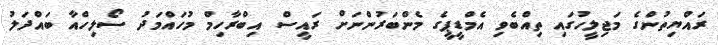
ރައްޔިތުންގެ މަޖިލީހުގައި ތިއްބެވި އެމްޑީޕީގެ މެންބަރުންނަށް ރައީސް އިބްރާހިމް މުހައްމަދު ސޯލިހްއާ ބައްދަލު